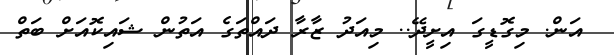
އަން. މިގޮޑީގަ އިށީދޭ.. މިއަދު ޒާރާ ދައްތަގެ އަތުން ޝައިކޮއަށް ބަތް